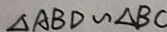
\Delta A B D \sim \Delta B C